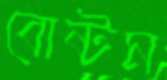
বোষ্টম